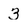
Character: 3